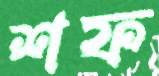
শফ